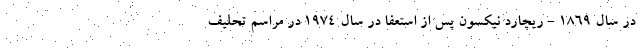
در سال 1869 - ریچارد نیکسون پس از استعفا در سال 1974 در مراسم تحلیف